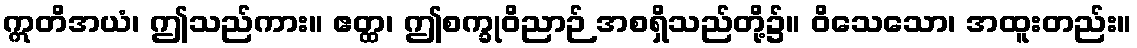
ဣတိအယံ၊ ဤသည်ကား။ ဧတ္ထ၊ ဤစက္ခုဝိညာဉ် အစရှိသည်တို့၌။ ဝိသေသော၊ အထူးတည်း။